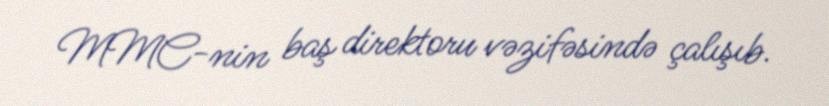
MMC-nin baş direktoru vəzifəsində çalışıb.